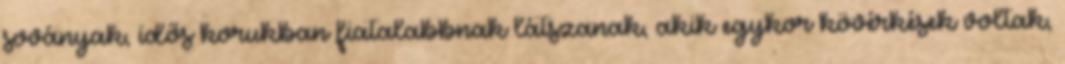
soványak, idős korukban fiatalabbnak látszanak, akik egykor kövérkések voltak,